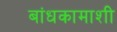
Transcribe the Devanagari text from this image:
बांधकामाशी